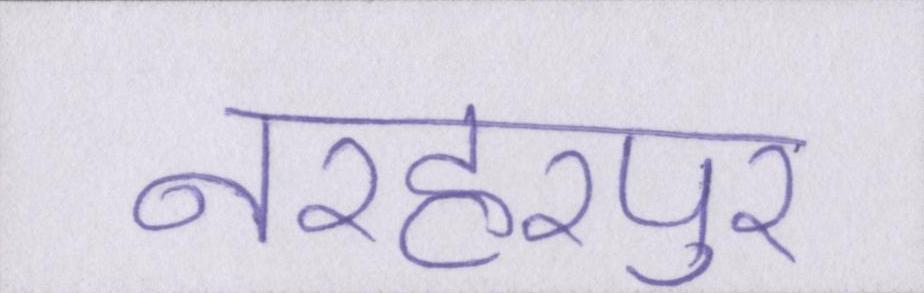
नरहरपुर